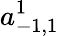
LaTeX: a_{-1,1}^{1}